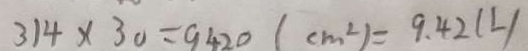
3 1 4 \times 3 0 = 9 4 2 0 ( c m ^ { 2 } ) = 9 . 4 2 ( 2 )